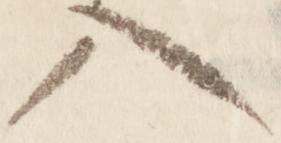
入